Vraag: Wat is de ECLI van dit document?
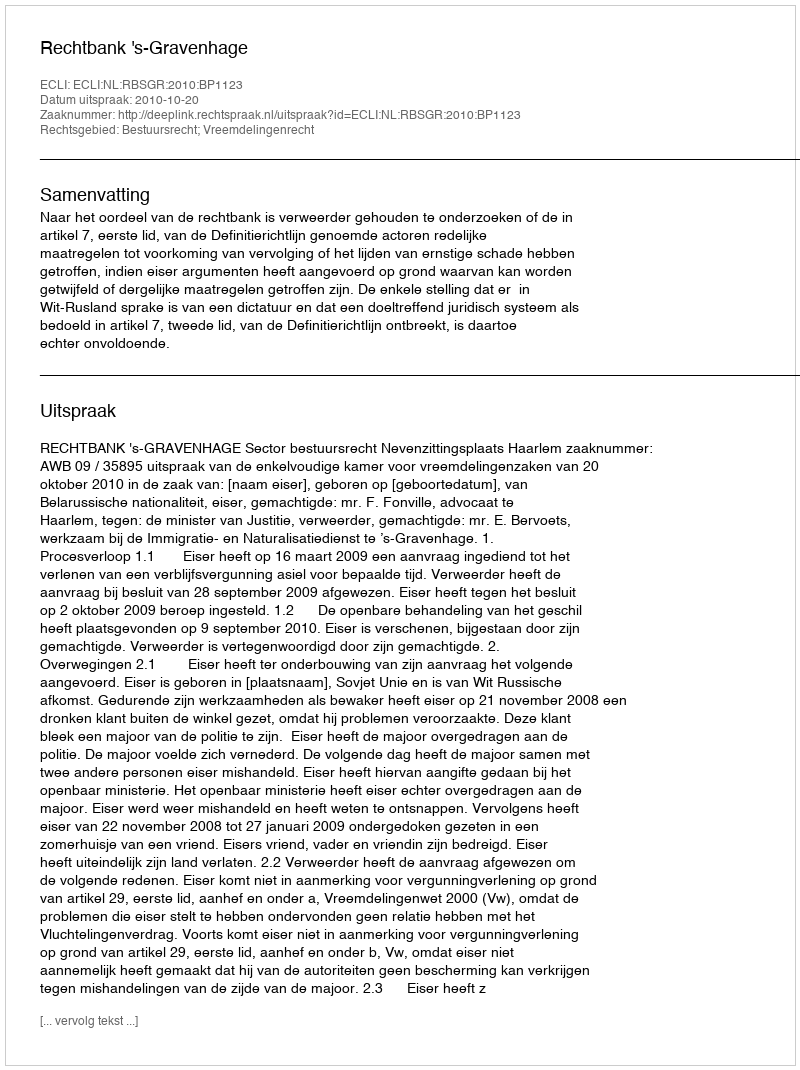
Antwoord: ECLI:NL:RBSGR:2010:BP1123